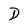
Character: D